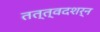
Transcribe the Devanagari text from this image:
तत्त्वदशर्न